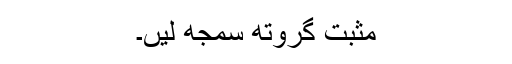
مثبت گروتھ سمجھ لیں۔